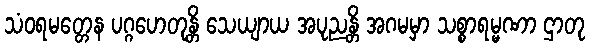
သံဝရမတ္တေန ပဂ္ဂဟေတုန္တိ သေယျာယ အပုညန္တိ အဂမမှာ သစ္စာရမ္မဏာ ဌာတု